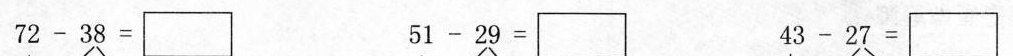
$$ 72-18= $$ $$ 51-29= $$ $$ 43-27= $$